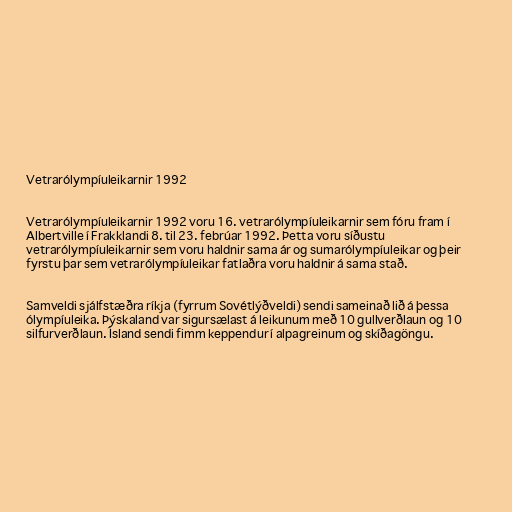
Vetrarólympíuleikarnir 1992

Vetrarólympíuleikarnir 1992 voru 16. vetrarólympíuleikarnir sem fóru fram í
Albertville í Frakklandi 8. til 23. febrúar 1992. Þetta voru síðustu
vetrarólympíuleikarnir sem voru haldnir sama ár og sumarólympíuleikar og þeir
fyrstu þar sem vetrarólympíuleikar fatlaðra voru haldnir á sama stað.

Samveldi sjálfstæðra ríkja (fyrrum Sovétlýðveldi) sendi sameinað lið á þessa
ólympíuleika. Þýskaland var sigursælast á leikunum með 10 gullverðlaun og 10
silfurverðlaun. Ísland sendi fimm keppendur í alpagreinum og skíðagöngu.